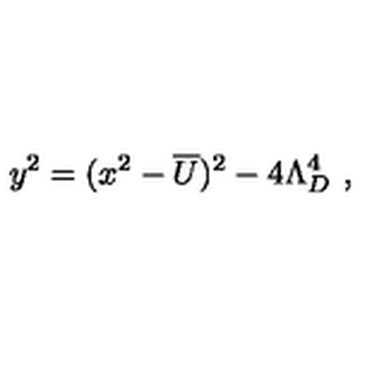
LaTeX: y ^ { 2 } = ( x ^ { 2 } - \overline { { U } } ) ^ { 2 } - 4 \Lambda _ { D } ^ { 4 } \ ,